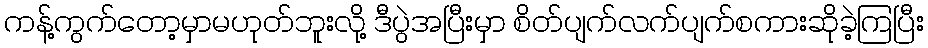
ကန့်ကွက်တော့မှာမဟုတ်ဘူးလို့ ဒီပွဲအပြီးမှာ စိတ်ပျက်လက်ပျက်စကားဆိုခဲ့ကြပြီး